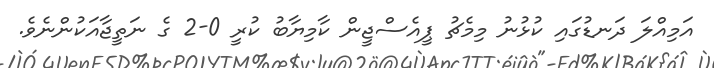
އަމިއްލަ ދަނޑުގައި ކުޅުނު މިމެޗު ޕީއެސްޖީން ކާމިޔާބު ކުރީ 0-2 ގެ ނަތީޖާއަކުންނެވެ.